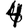
Digit: 4